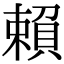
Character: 賴